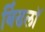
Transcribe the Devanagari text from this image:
बिंडलॉ